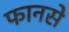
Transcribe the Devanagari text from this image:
फानसे